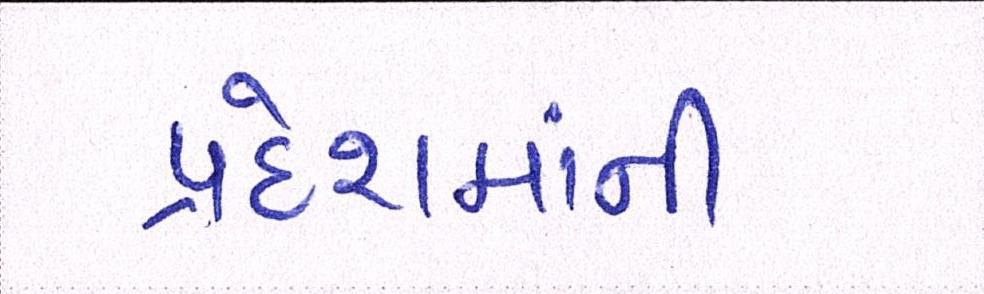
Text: પ્રદેશમાંની